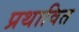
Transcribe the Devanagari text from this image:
प्रथावित